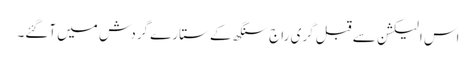
اس الیکشن سے قبل گری راج سنگھ کے ستارے گردش میں آگئے۔